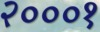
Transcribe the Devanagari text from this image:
२०००१